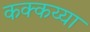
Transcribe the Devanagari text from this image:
कक्कय्या